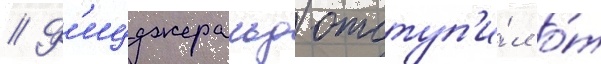
// Ф'ицджеральд отступ'и́л о́т